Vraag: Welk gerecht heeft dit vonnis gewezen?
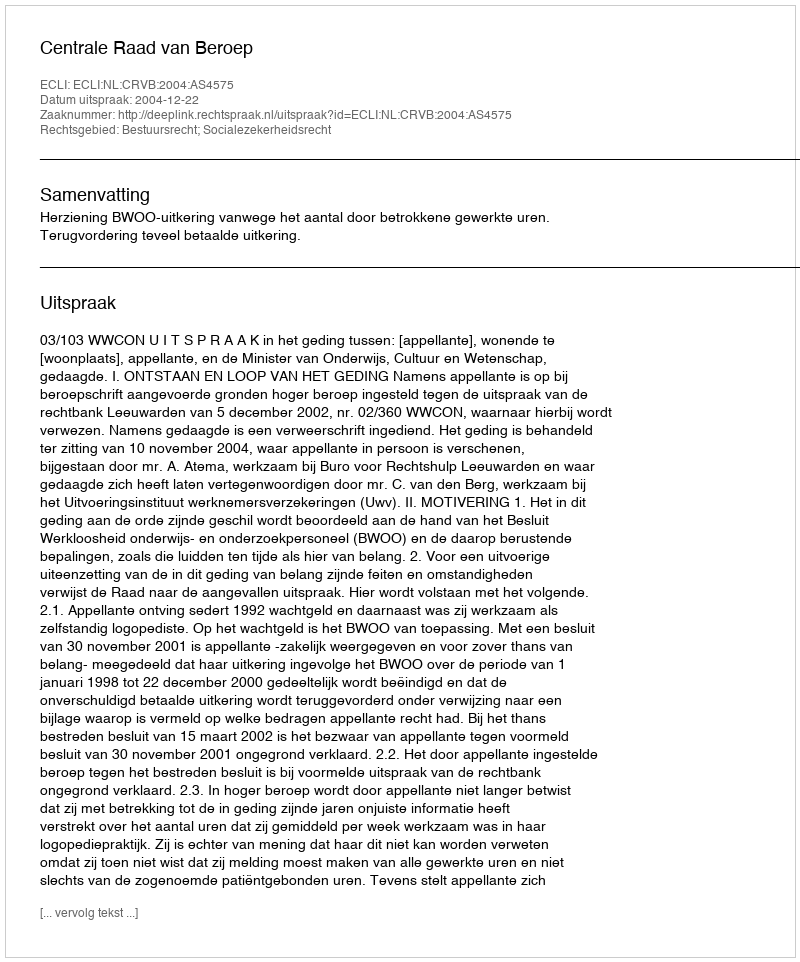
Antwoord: Centrale Raad van Beroep